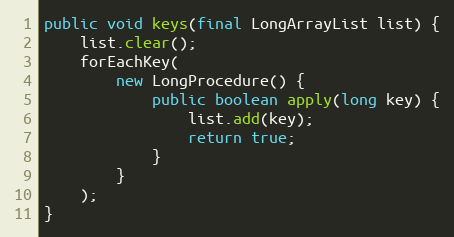
Language: Java
public void keys(final LongArrayList list) {
	list.clear();
	forEachKey(
		new LongProcedure() {
			public boolean apply(long key) {
				list.add(key);
				return true;
			}
		}
	);
}